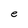
Character: e